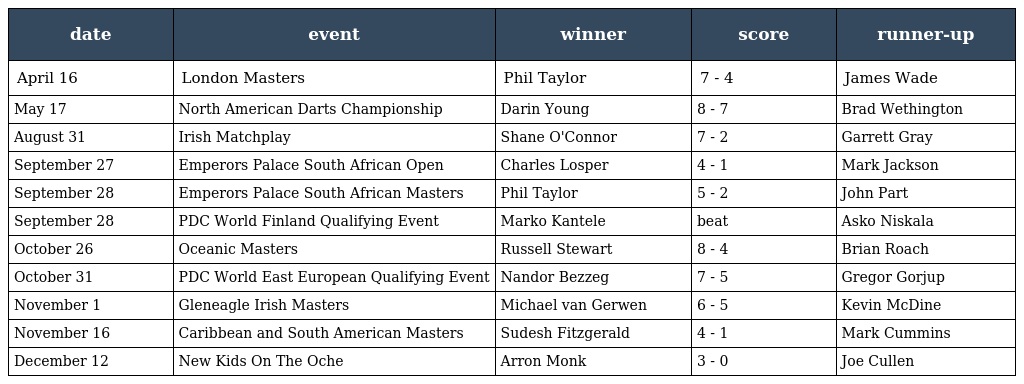
| date | event | winner | score | runner-up |
 | --- | --- | --- | --- | --- |
 | April 16 | London Masters | Phil Taylor | 7 - 4 | James Wade |
 | May 17 | North American Darts Championship | Darin Young | 8 - 7 | Brad Wethington |
 | August 31 | Irish Matchplay | Shane O'Connor | 7 - 2 | Garrett Gray |
 | September 27 | Emperors Palace South African Open | Charles Losper | 4 - 1 | Mark Jackson |
 | September 28 | Emperors Palace South African Masters | Phil Taylor | 5 - 2 | John Part |
 | September 28 | PDC World Finland Qualifying Event | Marko Kantele | beat | Asko Niskala |
 | October 26 | Oceanic Masters | Russell Stewart | 8 - 4 | Brian Roach |
 | October 31 | PDC World East European Qualifying Event | Nandor Bezzeg | 7 - 5 | Gregor Gorjup |
 | November 1 | Gleneagle Irish Masters | Michael van Gerwen | 6 - 5 | Kevin McDine |
 | November 16 | Caribbean and South American Masters | Sudesh Fitzgerald | 4 - 1 | Mark Cummins |
 | December 12 | New Kids On The Oche | Arron Monk | 3 - 0 | Joe Cullen |